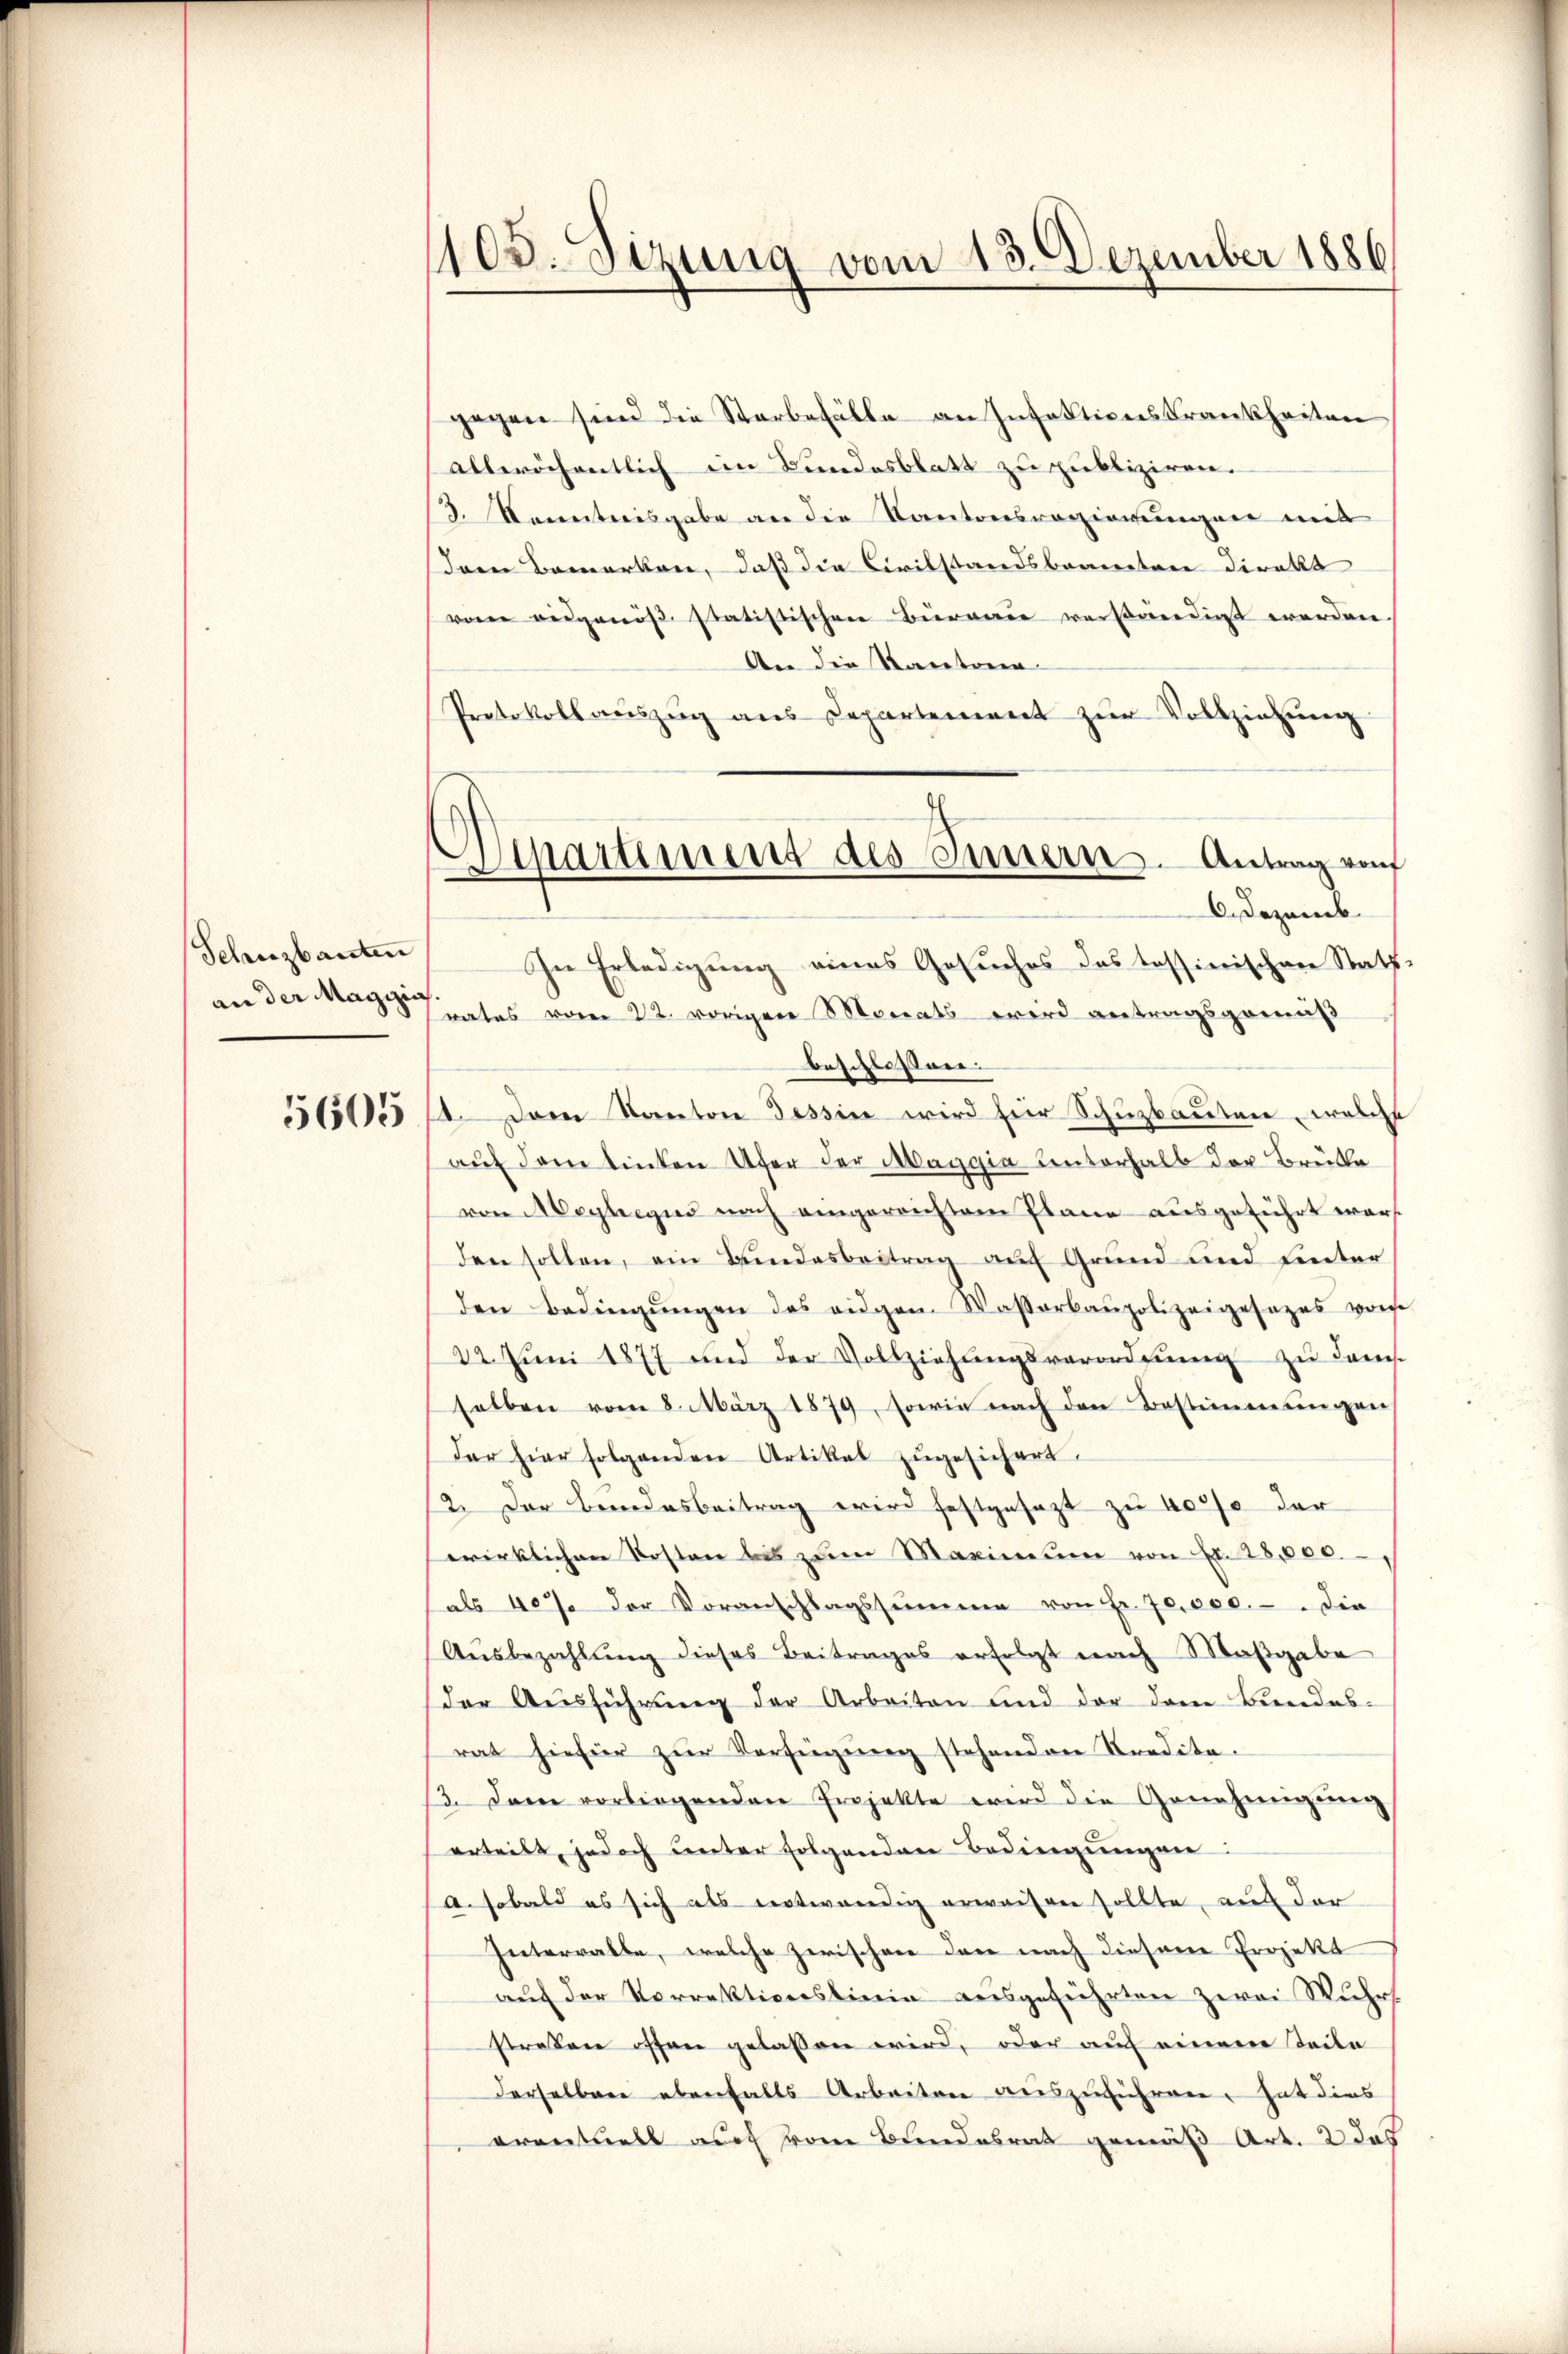
Schutzbauten
an der Magizis

5605

1103. Sizung vom 13. Dezember 1886

gegen sind die Starbefälle an Infaktionskrankheiten
alleröchentlich im Bundesblatt zu publiziren.
3. Kenntnisgabe an die Kantonsregierungen mit
Inen Bemerken, daß die Civilstandsbeaneten direkt
vom ausgenöß statistischen Büreau verkandigt werden.
An die Kantona
Protokollauszug aus Departement zur Vollziehung
In Erledigung eines Gesuches des tessinischen Stattrates vom 22. vorigen Monats wird antragsgenuß
beschlossen.
1. Dem Kanton Tessin wird für Schuzbauten, welche
aŭf dem tinten Ufer der Maggia unterhalb der Brücke
von Meyhegus nach eingereichtem Plane ausgeführt war
den sollen, ein Bundesbeitrag auf Grund und hinter
den Bedingŭngen des eidgen. Wasserbaupolizeigesezes von
22. Juni 1877 und der Vollziehŭngsverordnŭng zu dans
selben vom 8. März 1879, sowie nach den Bestimmungen
der hier folgenden Artikel zugesichert.
2. Der Bundesbeitrag wird festgesezt zu 40% der
wirklichen Kosten bis zum Maximum von Fr. 28,000.
als 407 der Voranschlagssumme von Fr. 70,000.-. die
Ausbezahlung dieses Beitrages erfolgt nach Maßgabe
der Ausführung der Arbeiten und der dem Bundes-
rat hiefür zŭr Verfügung stehenden Kredita.
3. Dann vorliegenden Projekte wird die Genehmigung
erteilt, jedoch unter folgenden Bedingungen
A. sobald es sich als notwendig erwahren sollte, auf der
Interrathe, welche zerischen der nach diesem Projekt
auf der Vorrektionslinie ausgeführten zwei Wuhrs.
straßen offen gelassen wird, oder auf einem Stadle
derselben ebenfalls Arbeiten auszuführen, hat dies
orentuell auf vom Bundesrat gemäß Art. 2 das

e
Spartiment des Innern. Antrag von
6. Dezemb